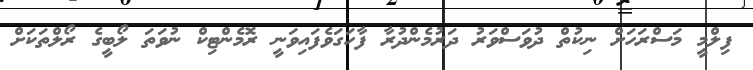
ފިލްމީ މަސްރަހަށް ނިކުތް ދުވަސްވަރު ދަރުމެންދުރާ ފާހަގަވެފައިވަނީ ރޮމެންޓިކް ނުވަތަ ލޯބީގެ ރޯލްތަކަށް